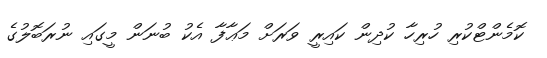
ކޮމެންޓްކުރި ހުރިހާ ކުދިން ކައިރީ ވަރަށް މަޢާފާ އެކު ބުނަން މީގައި ނުރަބޮލުގެ